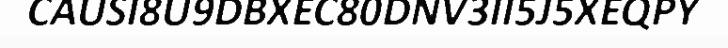
CAUSI8U9DBXEC80DNV3II5J5XEQPY